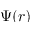
\Psi ( r )